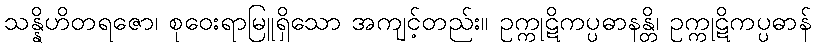
သန္နိဟိတရဇော၊ စုဝေးရာမြူရှိသော အကျင့်တည်း။ ဥက္ကုဋိကပ္ပဓာနန္တိ၊ ဥက္ကုဋိကပ္ပဓာန်